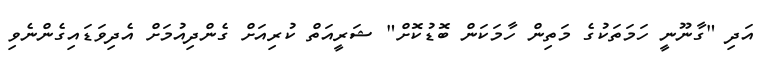
އަދި "ގާނޫނީ ހަމަތަކުގެ މަތިން ހާމަކަން ބޮޑުކޮށް" ޝަރީއަތް ކުރިއަށް ގެންދިއުމަށް އެދިވަޑައިގެންނެވި